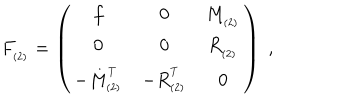
F _ { _ { ( 2 ) } } = \left( \begin{array} { c c c } { { f } } & { { 0 } } & { { M _ { _ { ( 2 ) } } } } \\ { { 0 } } & { { 0 } } & { { R _ { _ { ( 2 ) } } } } \\ { { - M _ { _ { ( 2 ) } } ^ { ^ T } } } & { { - R _ { _ { ( 2 ) } } ^ { ^ T } } } & { { 0 } } \\ \end{array} \right) \; ,